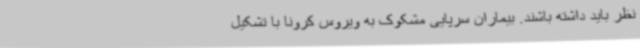
نظر باید داشته باشند. بیماران سرپایی مشکوک به ویروس کرونا با تشکیل